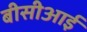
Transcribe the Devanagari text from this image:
बीसीआई